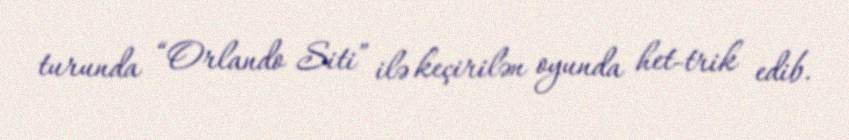
turunda “Orlando Siti” ilə keçirilən oyunda het-trik edib.